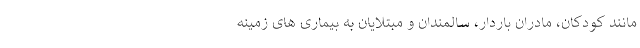
مانند کودکان، مادران باردار، سالمندان و مبتلایان به بیماری های زمینه